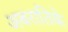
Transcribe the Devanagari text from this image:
अबरातिके